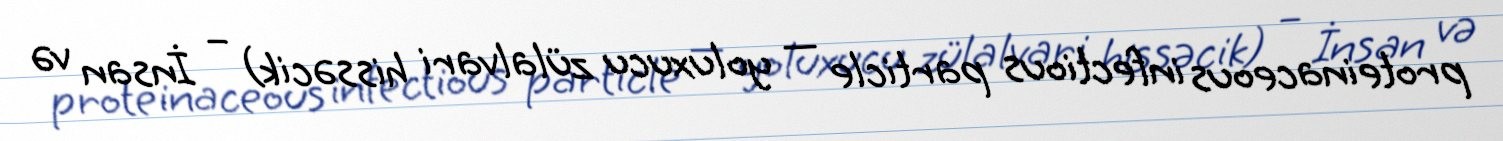
proteinaceous infectious particle — yoluxucu zülalvari hissəcik) – İnsan və